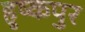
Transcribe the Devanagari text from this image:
हुष्कपुर